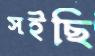
সইছি